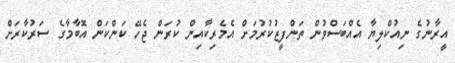
އީރާނުގެ ނިއުކްލިޔާ އެއްބަސްވުން ތަންފީޒުކުރުމަށް އެމެރިކާއިން ކުރަން ޖެހޭ ކަންކަން އޮބާމާގެ ސަރުކާރަށް